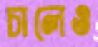
চালেও